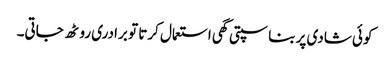
کوئی شادی پر بناسپتی گھی استعمال کرتا تو برادری روٹھ جاتی۔